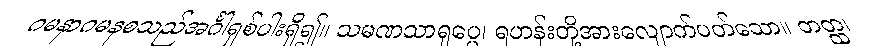
ဂမနာဂမနစသည်အင်္ဂါရှစ်ပါးရှိ၍။ သမဏသာရုပ္ပေ၊ ရဟန်းတို့အားလျောက်ပတ်သော။ တတ္ထ၊